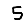
Digit: 5